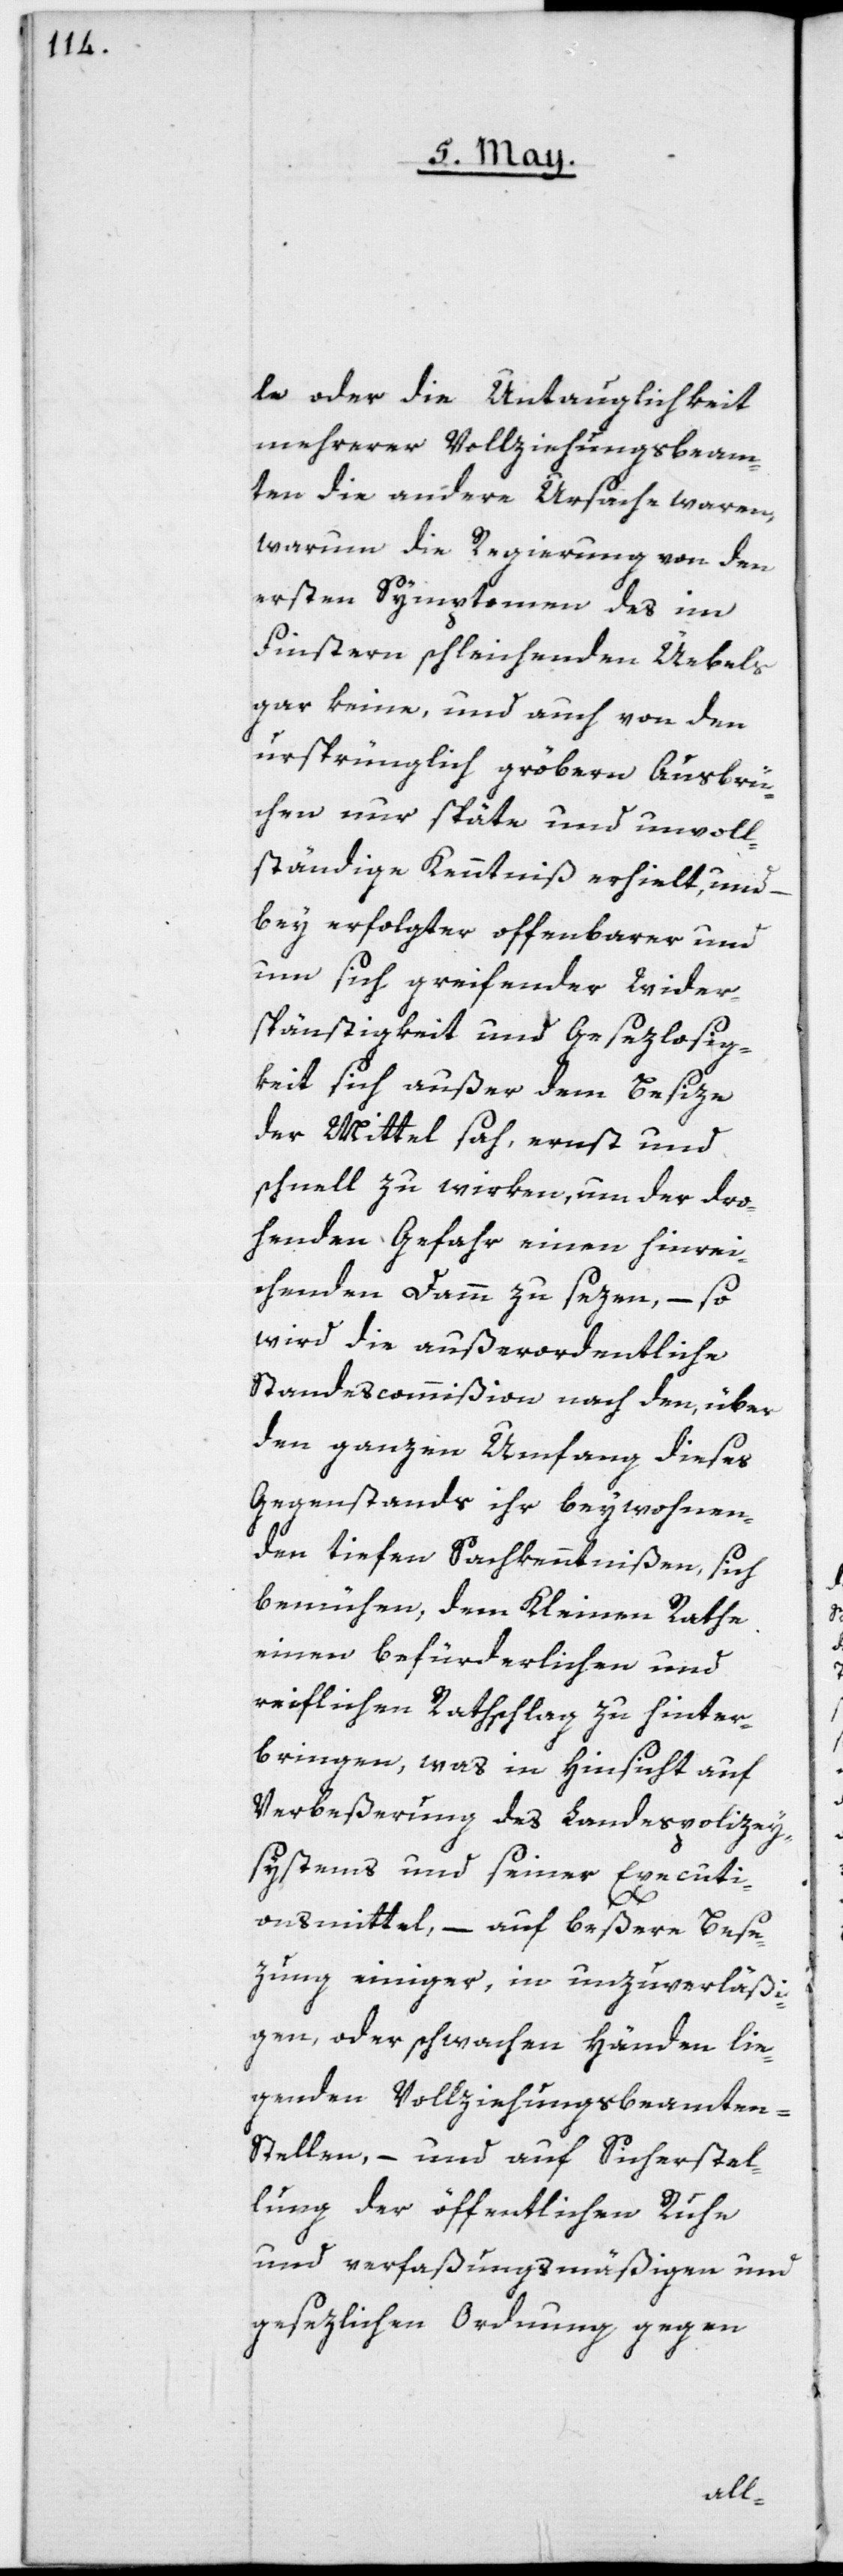
le oder die Untauglichkeit
mehrerer Vollziehungsbeam¬
ten die andere Ursache waren,
warum die Regierung von den
ersten Symptomen des im
Finstern schleichenden Uebels
gar keine, und auch von den
ursprünglich gröbern Ausbrü¬
chen nur späte und unvoll¬
ständige Kenntniß erhielt, und –
bey erfolgter offenbarer und
um sich greifender Wider¬
spenstigkeit und Gesezlosig¬
keit sich außer dem Besize
der Mittel sah, ernst und
schnell zu wirken, um der dro¬
henden Gefahr einen hinrei¬
chenden Damm zu sezen, – so
wird die außerordentliche
Standescommißion nach den, über
den ganzen Umfang dieses
Gegenstands ihr beywohnen¬
den tiefen Sachkenntnißen, sich
bemühen, dem Kleinen Rathe
einen befürderlichen und
reiflichen Rathschlag zu hinter¬
bringen, was in Hinsicht auf
Verbeßerung des Landespolizey¬
systems und seiner Executi¬
onsmittel, – auf beßere Bese¬
zung einiger, in unzuverläßi¬
gen oder schwachen Händen lie¬
genden Vollziehungsbeamten-S¬
tellen, – und auf Sicherstel¬
lung der öffentlichen Ruhe
und verfaßungsmäßigen und
gesezlichen Ordnung gegen